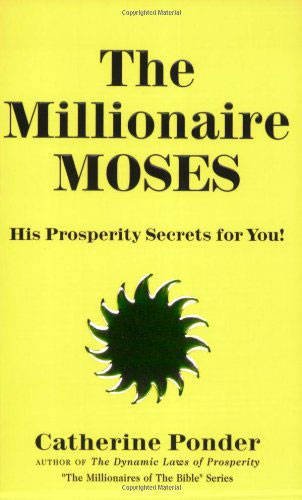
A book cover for The Millionaire Moses: His Prosperity Secrets for You! (Millionaires of the Bible Series); Catherine Ponder; Christian Books & Bibles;